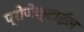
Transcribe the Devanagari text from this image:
प्रोजेक्टाईल